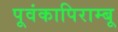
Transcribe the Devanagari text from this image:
पूवंकापिराम्बू